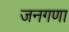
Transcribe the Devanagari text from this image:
जनगणा